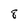
Character: 8